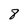
Character: 8